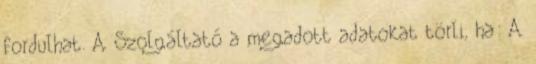
fordulhat. A Szolgáltató a megadott adatokat törli, ha: A